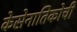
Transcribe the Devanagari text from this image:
केसेनातिकोची